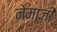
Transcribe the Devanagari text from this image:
नेमाजी